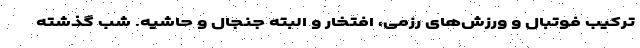
ترکیب فوتبال و ورزش‌های رزمی، افتخار و البته جنجال و حاشیه. شب گذشته